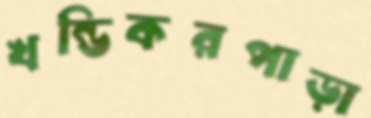
খন্ডিকরপাড়া